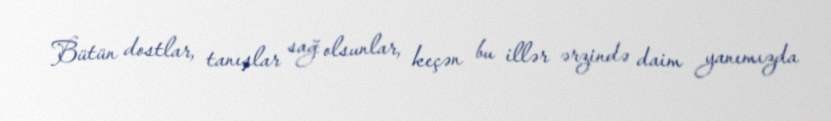
Bütün dostlar, tanışlar sağ olsunlar, keçən bu illər ərzində daim yanımızda